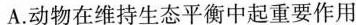
A.动物在维持生态平衡中起重要作用